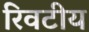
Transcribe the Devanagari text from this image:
रिवटीय